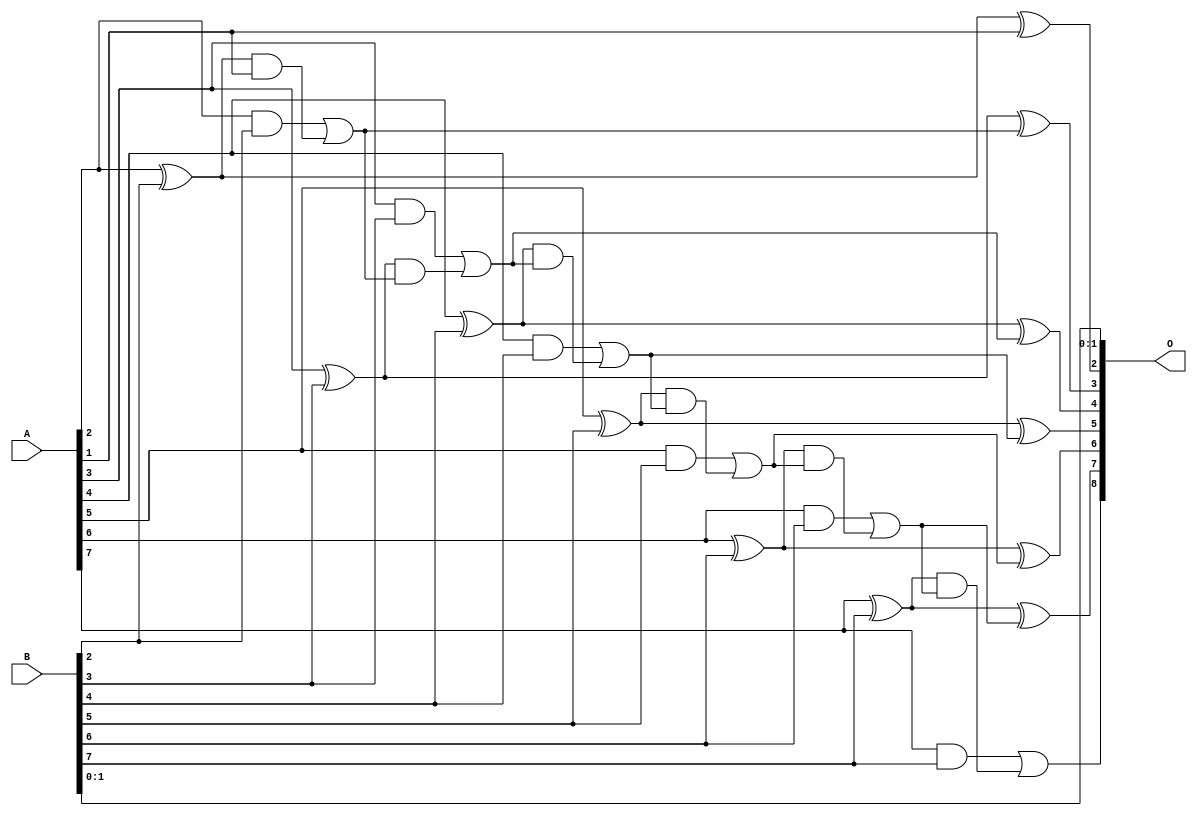
/***
* This code is a part of EvoApproxLib library (ehw.fit.vutbr.cz/approxlib) distributed under The MIT License.
* When used, please cite the following article(s): PRABAKARAN B. S., MRAZEK V., VASICEK Z., SEKANINA L., SHAFIQUE M. ApproxFPGAs: Embracing ASIC-based Approximate Arithmetic Components for FPGA-Based Systems. DAC 2020. 
***/
// MAE% = 0.20 %
// MAE = 1.0 
// WCE% = 0.39 %
// WCE = 2.0 
// WCRE% = 100.00 %
// EP% = 75.00 %
// MRE% = 0.54 %
// MSE = 1.5 
// FPGA_POWER = 0.33
// FPGA_DELAY = 7.5
// FPGA_LUT = 6.0


module add8u_00L(A, B, O);
  input [7:0] A, B;
  output [8:0] O;
  wire sig_23, sig_24, sig_25, sig_27, sig_28, sig_29;
  wire sig_30, sig_32, sig_33, sig_34, sig_35, sig_37;
  wire sig_38, sig_39, sig_40, sig_42, sig_43, sig_44;
  wire sig_45, sig_47, sig_48, sig_49, sig_50;
  assign sig_23 = A[2] ^ B[2];
  assign sig_24 = A[2] & B[2];
  assign sig_25 = sig_23 & A[1];
  assign O[2] = sig_23 ^ A[1];
  assign sig_27 = sig_24 | sig_25;
  assign sig_28 = A[3] ^ B[3];
  assign sig_29 = A[3] & B[3];
  assign sig_30 = sig_28 & sig_27;
  assign O[3] = sig_28 ^ sig_27;
  assign sig_32 = sig_29 | sig_30;
  assign sig_33 = A[4] ^ B[4];
  assign sig_34 = A[4] & B[4];
  assign sig_35 = sig_33 & sig_32;
  assign O[4] = sig_33 ^ sig_32;
  assign sig_37 = sig_34 | sig_35;
  assign sig_38 = A[5] ^ B[5];
  assign sig_39 = A[5] & B[5];
  assign sig_40 = sig_38 & sig_37;
  assign O[5] = sig_38 ^ sig_37;
  assign sig_42 = sig_39 | sig_40;
  assign sig_43 = A[6] ^ B[6];
  assign sig_44 = A[6] & B[6];
  assign sig_45 = sig_43 & sig_42;
  assign O[6] = sig_43 ^ sig_42;
  assign sig_47 = sig_44 | sig_45;
  assign sig_48 = A[7] ^ B[7];
  assign sig_49 = A[7] & B[7];
  assign sig_50 = sig_48 & sig_47;
  assign O[7] = sig_48 ^ sig_47;
  assign O[8] = sig_49 | sig_50;
  assign O[0] = B[0];
  assign O[1] = B[1];
endmodule